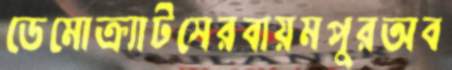
ডেমোক্র্যাটসেরবায়মপুরঅব